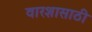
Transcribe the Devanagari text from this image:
वारशासाठी